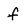
Character: f